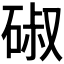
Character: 𮀣